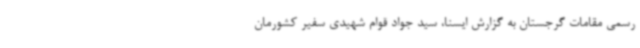
رسمی مقامات گرجستان به گزارش ایسنا، سید جواد قوام شهیدی سفیر کشورمان